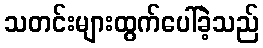
သတင်းများထွက်ပေါ်ခဲ့သည်